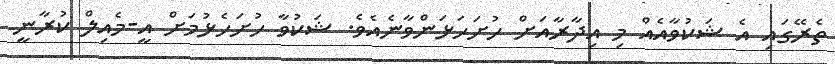
ތެރޭގައި އެ ޝަކުވާއެއް މި އިދާރާއަށް ހުށަހަޅަންވާނެއެވެ. ޝަކުވާ ހުށަހެޅުމަށް އީ-މެއިލް ކުރާނީ